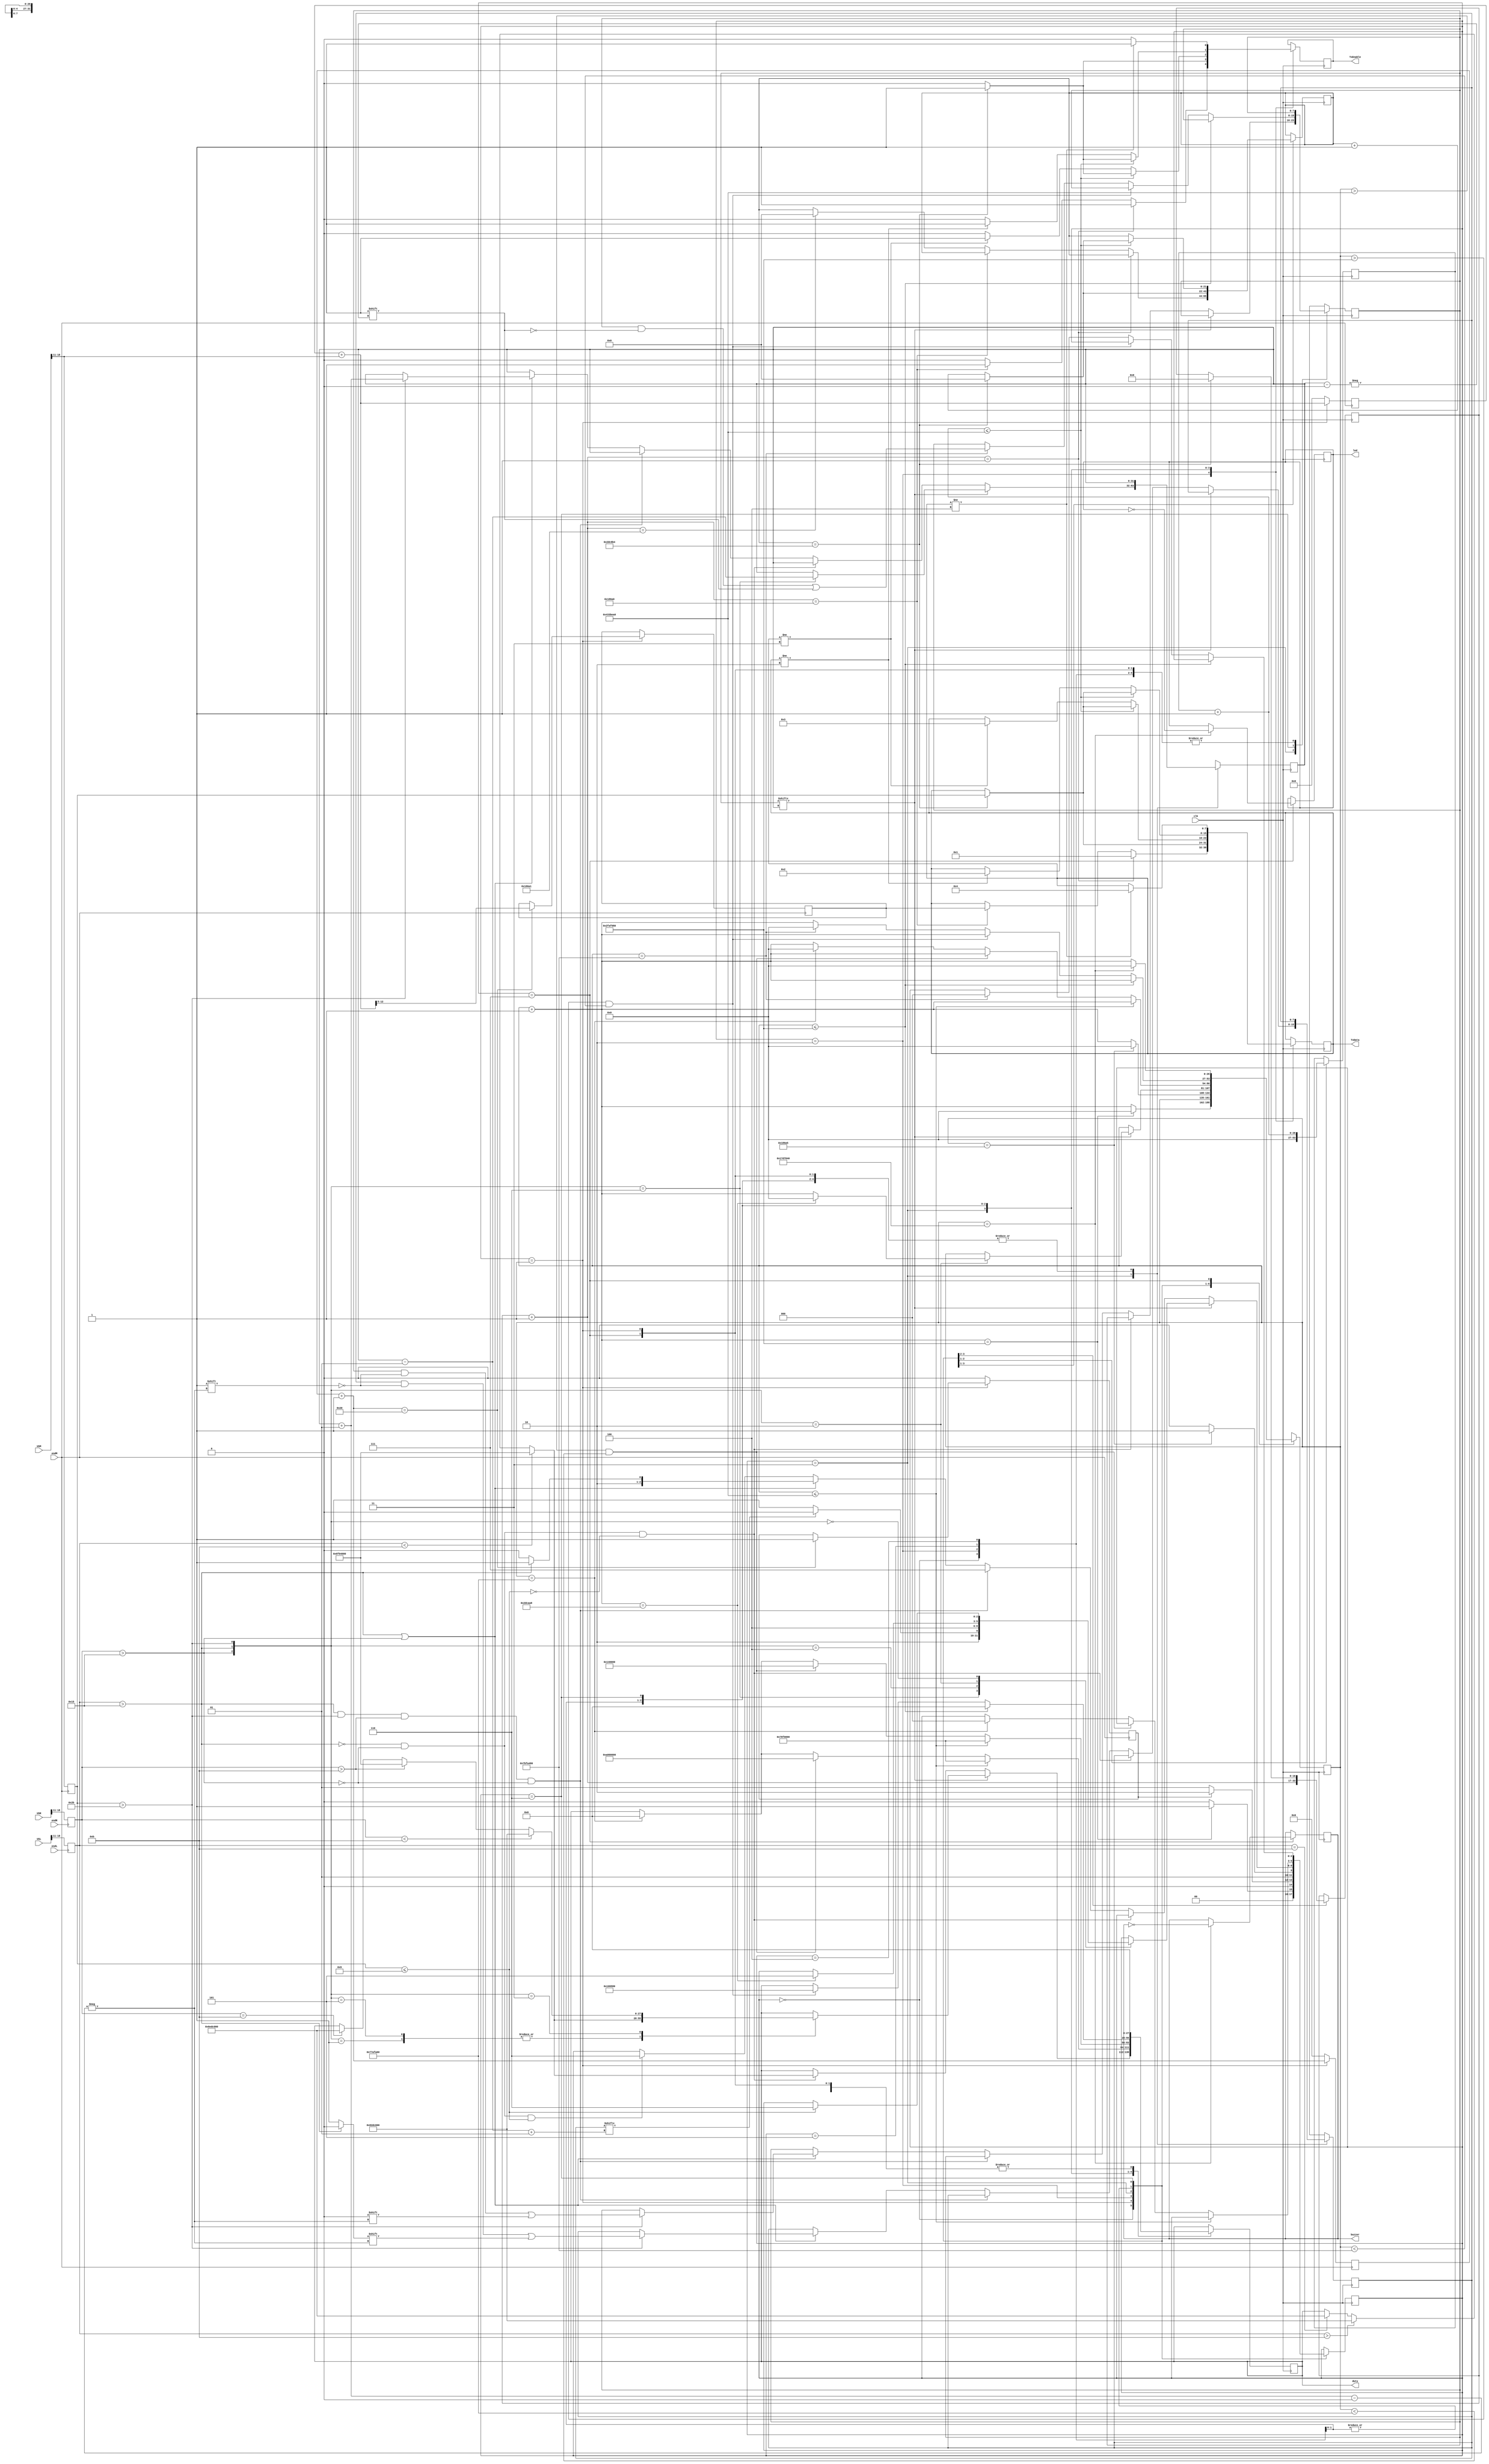
module algoritamKretanja
(	
	input 				clk,
	input 		 [19:0] USR,		//izmjerena udaljenost sa desnog  ultrason. senzora
	input 		 [19:0]	USL,		//izmjerena udaljenost sa lijevog ultrason. senzora
	input 		 [19:0]	USM,		//izmjerena udaljenost sa ultrason. senzora u sredini	
	input 				endR,		//znak za zavrsetak mjerenja sa  desnog ultras. senzora
	input 				endL,		//znak za zavrsetak mjerenja sa lijevog ultras. senzora
	input 				endM,		//znak za zavrsetak mjerenja   srednjeg ultras. senzora
	output 	reg			TxEnable,//enable signal za slanje vrijednosti preko bluetooth
	output 	reg [ 7:0] 	TxData,	//podaci koje saljemo preko BT
	output 	reg [27:0]	duty,		//ispunjenost impulsom za svaki od ulaza drajvera. Prvih 7 bita (s desna na lijevo) 
											//je za smijer >nazad< motora 2, sljedecih 7 za smijer >nazad< motora 1, sljedecih 7
											//smijer >naprijed< motora 2, zadnjih 7 smijer >naprijed< motor 1 
	output 	reg led,
	output 	reg buzzer
);

reg [26:0] 	statesCounter 	 = 0;		//brojac koji se koristi u stanjima
reg [21:0] 	counterSending 	 = 0;		//brojac za "stalno" slanje podataka na racunar preko BT
reg [16:0] 	countSendingINIT = 0;		//brojač koji se koristi za odgodu između slanja poruke da je izvrsena initialization,
												//i vrijednosti udaljenosti dobijene inicijalizacijom												

/***Udaljenosti koje ocitavamo sa senzora***/
reg [	7:0] distanceL 	= 0;
reg [	7:0] distanceD 	= 0;
reg [ 7:0]   distanceS 	= 0;		

reg [26:0] straight = 70500000	;           //nakon sto se detektuje da auto moze skrenuti u neku stranu, nekoliko vremena 
														//se krece ravno dok ne pocne skretati. to vrijeme je odredjeno ovim brojacem
reg [25:0] turningTime = 55000000;	//vrijeme potrebno da auto skrene odredjeno ovim brojacem
reg [25:0] pause				 = 50000000;	//prije nego se pocne okretati saceka 1 sekundu
reg [26:0] turnTime		 = 80000000;	//vrijeme potrebno da se okrene oko svoje ose
reg [26:0] countSendingTurns =    0;   //dok ovaj brojac ne izbroji do vrijednosti "straight" (tj dok ne pocne skretanje)
												      //ima dozvolu za slanje udaljenosti sa srednjeg senzora  

//varijable potrebne pri inicijalnom mjerenju
reg [ 7:0]  initS	  	   =  0;		//vrijednost udaljenosti dobijena pri inicijalizaciji sa srednjeg senzora
reg 		initEnd		=  0;		//registar za označavanje da (ni)je završena initialization
reg [ 5:0]	numberOfMeasures	= 32;		//broj mjerenja koliko želimo izvršiti pri inicijalizaciji
reg [ 5:0]  NMeasures	= 	0;		//broj mjerenja koliko je izvršeno pri inicijalizaciji
reg [13:0]	sum			=  0;		//sum mjerenja pri inicijalizaciji

/**********FSM konfiguracija************/
reg [ 2:0] 	STATE;					//varijabla za spremanje stanja  
//stanja
parameter IDLE 				= 3'b000;	
parameter INIT 				= 3'b001;	
parameter sendingINIT 		= 3'b010;	
parameter STRAIGHT 			= 3'b011;
parameter turningRIGHT 	= 3'b100;
parameter turningLEFT	= 3'b101;
parameter TURN 			= 3'b110;
parameter END 				= 3'b111; 

//specijalne poruke koje šaljemo preko BT
parameter initialization 	= 3'd1;
parameter turnedRight 		= 3'd2;
parameter turnedLeft 	= 3'd3;
parameter turned 		= 3'd4; 


reg [7:0] turns = 0;	//registar za spremanje turns kada moze skrenuti na neku stranu i kada moze nastaviti straight  
									//(bit 1 znaci da je u tom slucaju skrenuo desno, 0 - skrenuo lijevo)
reg [7:0] turning = 0;	//registar koji sluzi za oznacavanje da se auto, nakon sto je skrenulo u neku stranu a moglo je 
									//nastaviti straight, zaokrenulo tj nije naslo izlaz. bit 1 - auto se zaokrenulo, bt 0 - nije se
									//zaokrenulo. Index bita odgovara indexu bita koji u registru "turns" oznacava da je auto 
									//skrenulo u neku stranu iako je moglo nastaviti straight.
integer index = 0;			//index za kretanje po registru (bitima) 

initial begin
	STATE <= IDLE;
	duty   	<= {7'd0, 7'd0, 7'd0, 7'd0};
end

wire rightBigger;
wire leftBigger;
wire centralSmaller9;
wire centralBigger43;

/***assign na wire koje se koriste prilikom odlučivanja da li ce auto skrenuti, zaokrenuti se itd***/
assign rightBigger = distanceD > 21;
assign leftBigger = distanceL > 21;
assign centralBigger43 = distanceS > 43;
assign centralSmaller9 = distanceS <= 9;

/*******Ažuriranje vrijednosti udaljenosti kada senzor završi mjerenje. Ažuriranje se vrši na uzlaznu *********
************************ivicu varijable M_end koja se nalazi u modulu hcsr04**********************************/
always@(posedge endR)
begin
	distanceD = USR >> 11;		//šiftanje bita za 11 mjesta - ekvivalentno dijeljenju sa 2^11 = 2048
end

always@(posedge endL)
begin
	distanceL = USL >> 11;
end

always@(posedge endM)
begin
		if(STATE == INIT)				//Ako je STATE == INIT ne vršimo jednostavno ažuriranje vrijednosti nego moramo izvršiti
		begin								//više mjerenja u cilju inicijalizacije	
			NMeasures = NMeasures + 1;
			distanceS = USM >> 11;
			sum = sum + distanceS;
			if(NMeasures == numberOfMeasures) 
			begin
				initS = sum >> 5;	//Izvršili smo 32 mjerenja i umjesto da u cilju dobijanja srednje vrijedsnoti mjerenja 
				initEnd = 1;			//sumu podijelimo sa 32, vršimo šiftanje bita za 5 mjesta što je ekvivalentno dijeljenju 
			end							//sa 2^5 = 32 što je mnogo "jeftinija" operacija
		end
		
		else 
		begin
			sum <= 0;
			NMeasures <= 0;
			distanceS <= USM >> 11;
			initEnd <= 0;
		end
end
/***************Kod za ažuriranje mjerenja - kraj*****************/

/*********FSM-kretanje*********/
always@(posedge clk)
begin
	case(STATE)		
		IDLE:	
		begin 
			statesCounter = statesCounter + 1;
			duty <= {7'd0, 7'd0, 7'd0, 7'd0};
			if(statesCounter == 50000000) 		//čekamo 1 sekundu
			begin	
				STATE 			<= INIT;				
				statesCounter 	<= 0;					//koristimo isti counter za mjerenja vremena u svim stanjima pa ga svaki put 
			end											//pri prelazu u novo stanje moramo resetovati							
			else STATE 			<= IDLE;
		end
	
		INIT:	
		begin
			duty <= {7'd0, 7'd0, 7'd0, 7'd0};
			if(initEnd) STATE <= sendingINIT;		//nakon što dobijemo informaciju da je završena initialization prelazimo u
			else STATE 			<= INIT;				//stanje u kome šaljemo poruku da je izvršena initialization i šaljemo
		end												//poruku o inicijalnoj vrijednosti	
		
		sendingINIT:
		begin
			duty <= {7'd0, 7'd0, 7'd0, 7'd0};
			statesCounter <= statesCounter + 1;
			if(statesCounter == 100005) 	//cekamo da se posalju podaci (poruka da je izvrsena initialization i slanje 
			begin									//inicijalne vrijednosti) iz modula koji sluzi za slanje. Cekamo malo vise nego
				STATE <= STRAIGHT;				//traje slanje (100001) 
				statesCounter <= 0; 
			end
			else STATE 			<= sendingINIT;
		end
		
		STRAIGHT:
		begin
			if(turning[index]==0) normalMoving;	//ako se auto nije zaokrenulo(kada ne nadje izlaz) krece se "normalno"
																	//ovo kretanje je određeno taskom "normalMoving" koji se nalazi ispod
			else	//ako se auto zaokrenulo oko svoje ose skreće gdje god može osim u slučaju	da može nastaviti i ravno. 
			begin		//Ovo kretanje traje sve dok auto ne dodje u situaciju da može skrenuti i lijevo i desno. U tom slučaju
				case({rightBigger, leftBigger, centralBigger43})	//odluku gdje će skrenuti donosi na osnovu informacije iz registra	
					3'b110:												//turns, gdje je spremljena informacija u kom smijeru je auto
					begin													//skrenulo kada je uslo u ovu "sporednu" putanju
						index = index - 1;					
						if(turns[index+1] == 1)
							STATE <= turningRIGHT;
						else 
							STATE <= turningLEFT;
					end
								
					3'b100: STATE <= turningRIGHT;	
					
					3'b010:
					begin
						statesCounter = statesCounter + 1;
						if(statesCounter==3001000) 
						begin
							if({rightBigger, leftBigger, centralBigger43}==3'b010) 
							begin 
								STATE <= turningLEFT; 
								statesCounter = 0; 
							end
						end
					end
					
					3'b000: 
					begin
						if(centralSmaller9) STATE <= TURN;
					end
					
					3'b101, 3'b001: followLeft;
					3'b011: followRight;			
				endcase
			end
		end
				
		turningLEFT:
		begin
			statesCounter <= statesCounter + 1;
			if(statesCounter <= straight)
				duty <= {7'd60, 7'd60, 7'd0, 7'd0};
			
			else if(statesCounter > straight && statesCounter < straight + turningTime)
				duty <= {7'd80, 7'd0, 7'd0, 7'd0};
			
			else if (statesCounter == straight + turningTime)
			begin
				statesCounter <= 0;
				STATE <= IDLE;
				duty <= {7'd0, 7'd0, 7'd0, 7'd0};
			end
		end
		
		turningRIGHT:
		begin
			statesCounter <= statesCounter + 1;
			if(statesCounter <= straight)
				duty <= {7'd60, 7'd60, 7'd0, 7'd0};
			
			else if(statesCounter > straight && statesCounter < straight + turningTime)
				duty <= {7'd0, 7'd80, 7'd0, 7'd0};
			
			else if (statesCounter == straight + turningTime)
			begin
				statesCounter <= 0;
				STATE <= IDLE;
				duty <= {7'd0, 7'd0, 7'd0, 7'd0};
			end
		end
		
		TURN:
		begin
			statesCounter <= statesCounter + 1;
			if(statesCounter <= pause)
				duty <= {7'd0, 7'd0, 7'd0, 7'd0};
			
			else if(statesCounter > 50000000 && statesCounter < 50000000 + turnTime)
				begin duty <= {7'd0, 7'd65, 7'd75, 7'd0};
					end
			else if (statesCounter == 50000000 + turnTime)
			begin
				statesCounter <= 0;
				STATE <= IDLE;
				turning[index] = 1;
			end
		end
		
		END:
		begin
			duty <= {7'd0, 7'd0, 7'd0, 7'd0};
			statesCounter <= statesCounter + 1;
			if(statesCounter == 25000000)
			begin
				led <= !led;
				buzzer <= !buzzer;
				statesCounter <= 0;
			end
		end
		
		default:
        STATE <= IDLE;
	endcase
end


/********task-ovi za kretanje********/ 
task normalMoving;
	if(!leftBigger && !rightBigger && !centralSmaller9) followLeft;	//ako se auto nalazi između dva zida prati lijevi zid		
	else if(leftBigger && centralBigger43 && distanceD > 11 && !rightBigger) STATE <= END; 	//u slucaju specificisnih 
																								//vrijednosti - znak da je dosao do kraja tj izasao
	else if(leftBigger || rightBigger)							//moze skrenuti lijevo ili desno
	begin
		if(centralBigger43)											//moze skrenuti lijevo(ili desno) a moze ici i ravno
		begin
			index = index + 1;
			turning[index] = 0;
			turns[index] = leftBigger ? 0 : 1;			//memorisemo da je na raskrsnici skrenuo lijevo(0) ili desno(1)
		end
		STATE <= leftBigger ? turningLEFT : turningRIGHT; 	//i ako je mogao nastaviti i ako nije, skrenut ce
	end
	else if(!leftBigger && !rightBigger && centralSmaller9) 			//dosao do kraja zida
	begin
		STATE <= TURN;
	end
endtask

task followLeft;
	if(distanceL == 11)	  duty <= {7'd55, 7'd55, 7'd0, 7'd0};  //11 -> 8cm
	if(distanceL < 11) 	  duty <= {7'd55, 7'd65, 7'd0, 7'd0};
	else if(distanceL > 11) duty <= {7'd65, 7'd55, 7'd0, 7'd0};
endtask

task followRight;
	if(distanceD == 11)	  duty <= {7'd55, 7'd55, 7'd0, 7'd0};
	if(distanceD < 11) 	  duty <= {7'd65, 7'd55, 7'd0, 7'd0};
	else if(distanceD > 11) duty <= {7'd55, 7'd65, 7'd0, 7'd0};
endtask
/*************task-ovi za kretanje - kraj ************/


/*********FSM za slanje podataka**********/
always@(posedge clk)				//always blok koji služi za slanje podataka preko BT
begin
	case(STATE)
		sendingINIT:
		begin
			countSendingINIT = countSendingINIT + 1; 
			if(countSendingINIT == 1)
			begin
				TxData 	<= initialization;  //specijalna poruka koju saljemo kako bismo oznacili da je izvrsena initialization
				TxEnable <= 1;
			end
				
			else if(countSendingINIT == 100000)  //malo sacekamo nako slanja poruke da je izvrsena initialization
			begin
				TxData 	<= initS;					//šaljemo inicijalnu vrijednost 				
				TxEnable <= 1;
			end 
				
			else if(countSendingINIT == 100001)
			begin
				TxEnable 		 <= 0;
				counterSending	 <= 0;
				//countSendingINIT <= 0;  //NE resetovati ovdje
			end
				
			else TxEnable <= 0;
		end
		
		STRAIGHT:
		begin
			countSendingTurns <= 0;
			counterSending <= counterSending + 1;
			if(counterSending==3000500)	//podatke od udaljenosti šaljemo nakon svakom mjerenja (jedan ciklus mjerenja traje
			begin								//60ms (3000500 ciklusa za klok 50MHz) što je određeno u modulu hcsr04
				TxData 			 <= distanceS;
				TxEnable 		 <= 1;
				counterSending	 <= 0;
				countSendingINIT <= 0;			//resetujemo ga ovdje a ne ispod u slucaju kada je stanje "sendingINIT" i kada je
			end										//counterSendingINIT == 100001. Kada bismo ga resetovali ispod, moglo bi se desiti 
														//da više puta pošalje istu poruku iz razloga što je uslov "STATE == sendingINIT"
			else										//a u ovom stanju ostajemo neko vrijeme (if-ovi za prelaz na sljedece stanje i 
				TxEnable <= 0;						//ostanak u stanju sendingINIT iznad u kodu (FSM za kretanje)). Jedan od načina 
		end											//rješenja problema, kada ne bismo ovdje vrsili reset jeste da postavimo isti 
														//tajmer u uslovima za prelaz u sljedece stanje ali je ovako sigurnije
		turningLEFT:
		begin
			countSendingTurns = countSendingTurns + 1;
			if(countSendingTurns <= straight) //dok ne pocne skretati i dalje salje vrijednosti o udaljenosti jer se dok ne 	 
			begin										 //izbroji do "straight" kreće ravno
				counterSending <= counterSending + 1;
				if(counterSending==3000500)
				begin
					TxData 			<= distanceS;
					TxEnable 		<= 1;
					counterSending	<= 0;
				end										 									
				else				
					TxEnable <= 0;	
			end
			
			else 
			begin
				if(TxData != turnedLeft)		//prevencija visestrukog slanja iste poruke (jednom kad je posalje u registru 
				begin										//TxData ostaje spremljena ova poruka)
					TxData 	<= turnedLeft;
					TxEnable <= 1;
				end
				else TxEnable <= 0;
			end
		end
		
		turningRIGHT:
		begin
			countSendingTurns = countSendingTurns + 1;
			if(countSendingTurns <= straight) 
			begin
				counterSending <= counterSending + 1;
				if(counterSending==3000500)
				begin
					TxData 			<= distanceS;
					TxEnable 		<= 1;
					counterSending	<= 0;				
				end										 									
				else				
					TxEnable <= 0;	
			end
			
			else
			begin
				if(TxData != turnedRight)			//prevencija visestrukog slanja iste poruke (jednom kad je posalje u registru 
				begin										//TxData ostaje spremljena ova poruka)
					TxData 	<= turnedRight;
					TxEnable <= 1; 
				end
				else TxEnable <= 0;
			end
		end
		
		TURN:
		begin
			if(TxData != turned)				//prevencija visestrukog slanja iste poruke (jednom kad je posalje u registru 
			begin										//TxData ostaje spremljena ova poruka)
				TxData 	<= turned;
				TxEnable <= 1;
			end
			else TxEnable <= 0;
		end
	endcase
	
end

endmodule